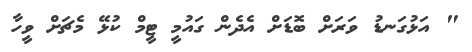
" އަޅުގަނޑު ވަރަށް ބޮޑަށް އެދެން ގައުމީ ޓީމް ކުޅޭ މެޗަށް ވީހާ